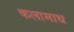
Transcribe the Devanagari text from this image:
कलामाथ